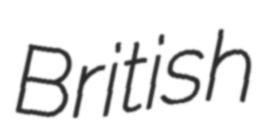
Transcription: British